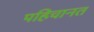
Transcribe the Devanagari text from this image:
पहिचानत